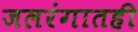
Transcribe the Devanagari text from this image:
जलरंगातही